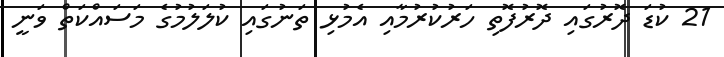
21 ކުޑަ ދޮރުގައި ދޮރުފޮތި ހަރުކުރުމާއި އެމުޅި ތަނުގައި ކުލަލުމުގެ މަސައްކަތް ވަނީ